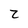
Character: Z